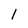
Character: 1